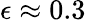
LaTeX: \epsilon\approx 0.3